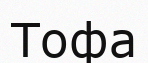
Тофа